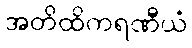
အတိထိကရဏီယံ